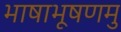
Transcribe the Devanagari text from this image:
भाषाभूषणमु